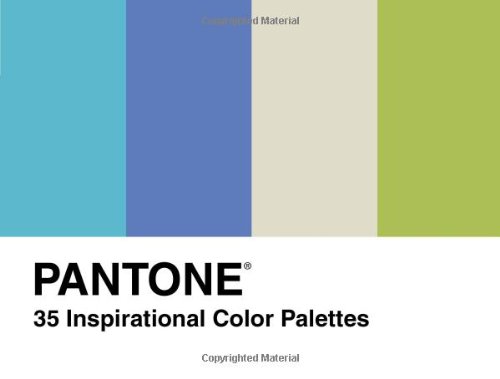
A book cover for Pantone: 35 Inspirational Color Palletes; Pantone Inc.; Humor & Entertainment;